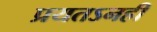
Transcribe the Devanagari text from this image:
प्रयतऽनही